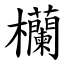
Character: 欗